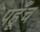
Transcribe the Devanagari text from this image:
पहूँच